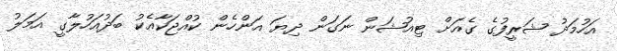
އަހުމަދު ޝަރީފުގެ ގެއަށް ޓިއުޝަން ނަގަން ދިޔަ އަންހެން ކުއްޖަކާއެކު ބަދުއަހުލާގީ އަމަލު